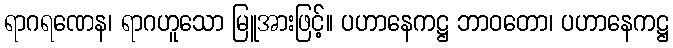
ရာဂရဏေန၊ ရာဂဟူသော မြူအားဖြင့်။ ပဟာနေကဋ္ဌ ဘာဝတော၊ ပဟာနေကဋ္ဌ